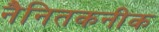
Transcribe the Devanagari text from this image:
नैनितकनीक